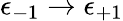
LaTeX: \epsilon_{-1}\to\epsilon_{+1}